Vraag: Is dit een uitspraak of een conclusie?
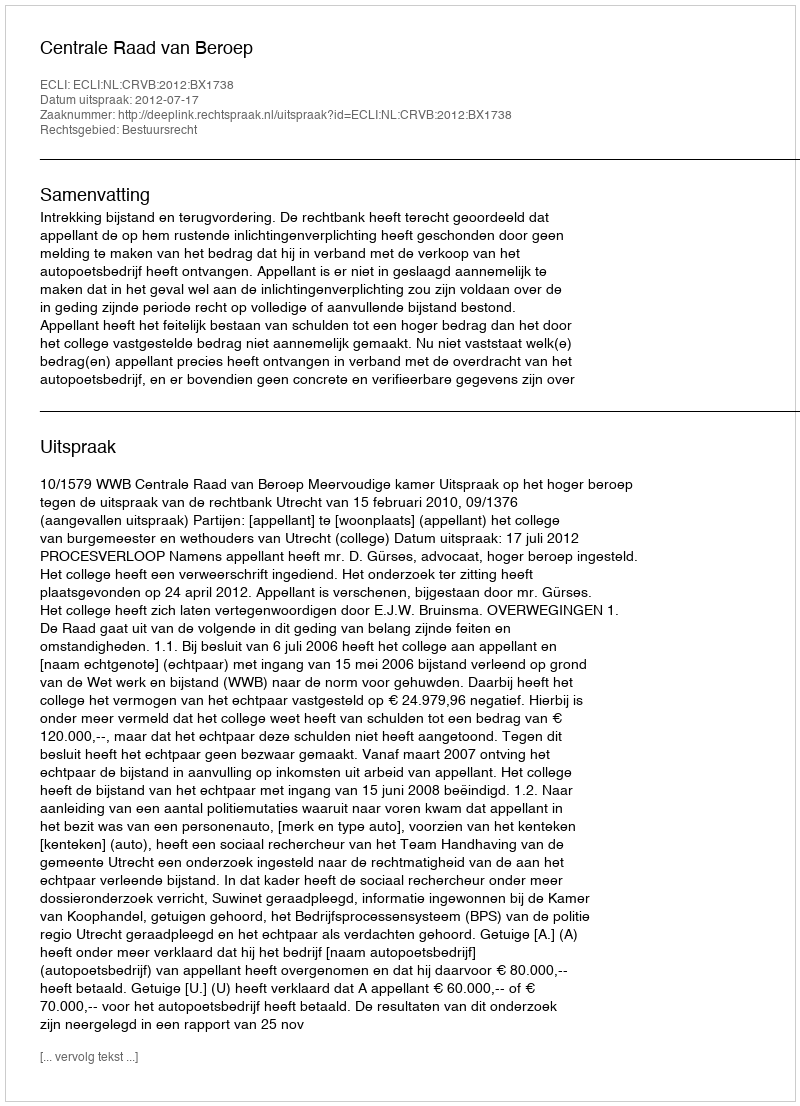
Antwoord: Uitspraak